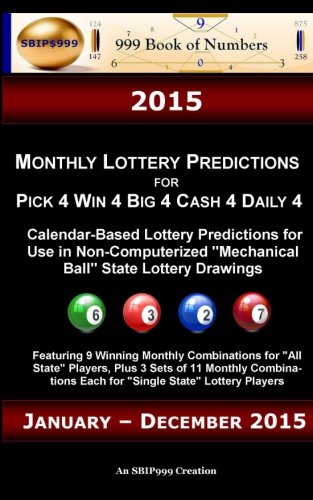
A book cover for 2015 Monthly Lottery Predictions for Pick 4 Win 4 Big 4 Cash 4 Daily 4: Calendar-Based Lottery Predictions for Use in Non-Computerized "Mechanical Ball" State Lottery Drawings; Ama Maynu; Calendars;